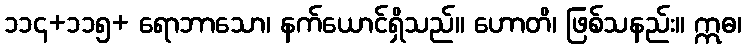
၁၁၄+၁၁၅+ ရောဘာသော၊ နက်ယောင်ရှိသည်။ ဟောတိ၊ ဖြစ်သနည်း။ ဣဓ၊